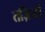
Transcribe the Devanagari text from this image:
तज़ियों